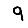
Digit: 9